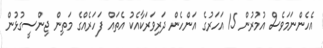
އެހެންނަމަވެސް އުމުރުން 15 އަހަރުގެ އަންހެން ދަރިވަރަކާއެކު އެތައް ފަހަރެއްގެ މަތިން ޖިންސީގުޅުން